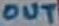
Text: OUT